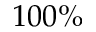
1 0 0 \%